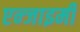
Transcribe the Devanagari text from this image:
एन्जाइमी